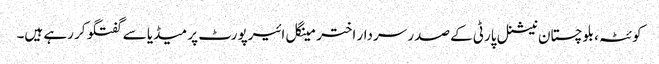
کوئٹہ، بلوچستان نیشنل پارٹی کے صدر سردار اختر مینگل ائیرپورٹ پر میڈیا سے گفتگو کر رہے ہیں۔